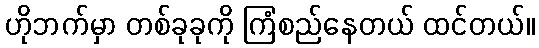
ဟိုဘက်မှာ တစ်ခုခုကို ကြံစည်နေတယ် ထင်တယ်။